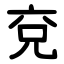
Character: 兗